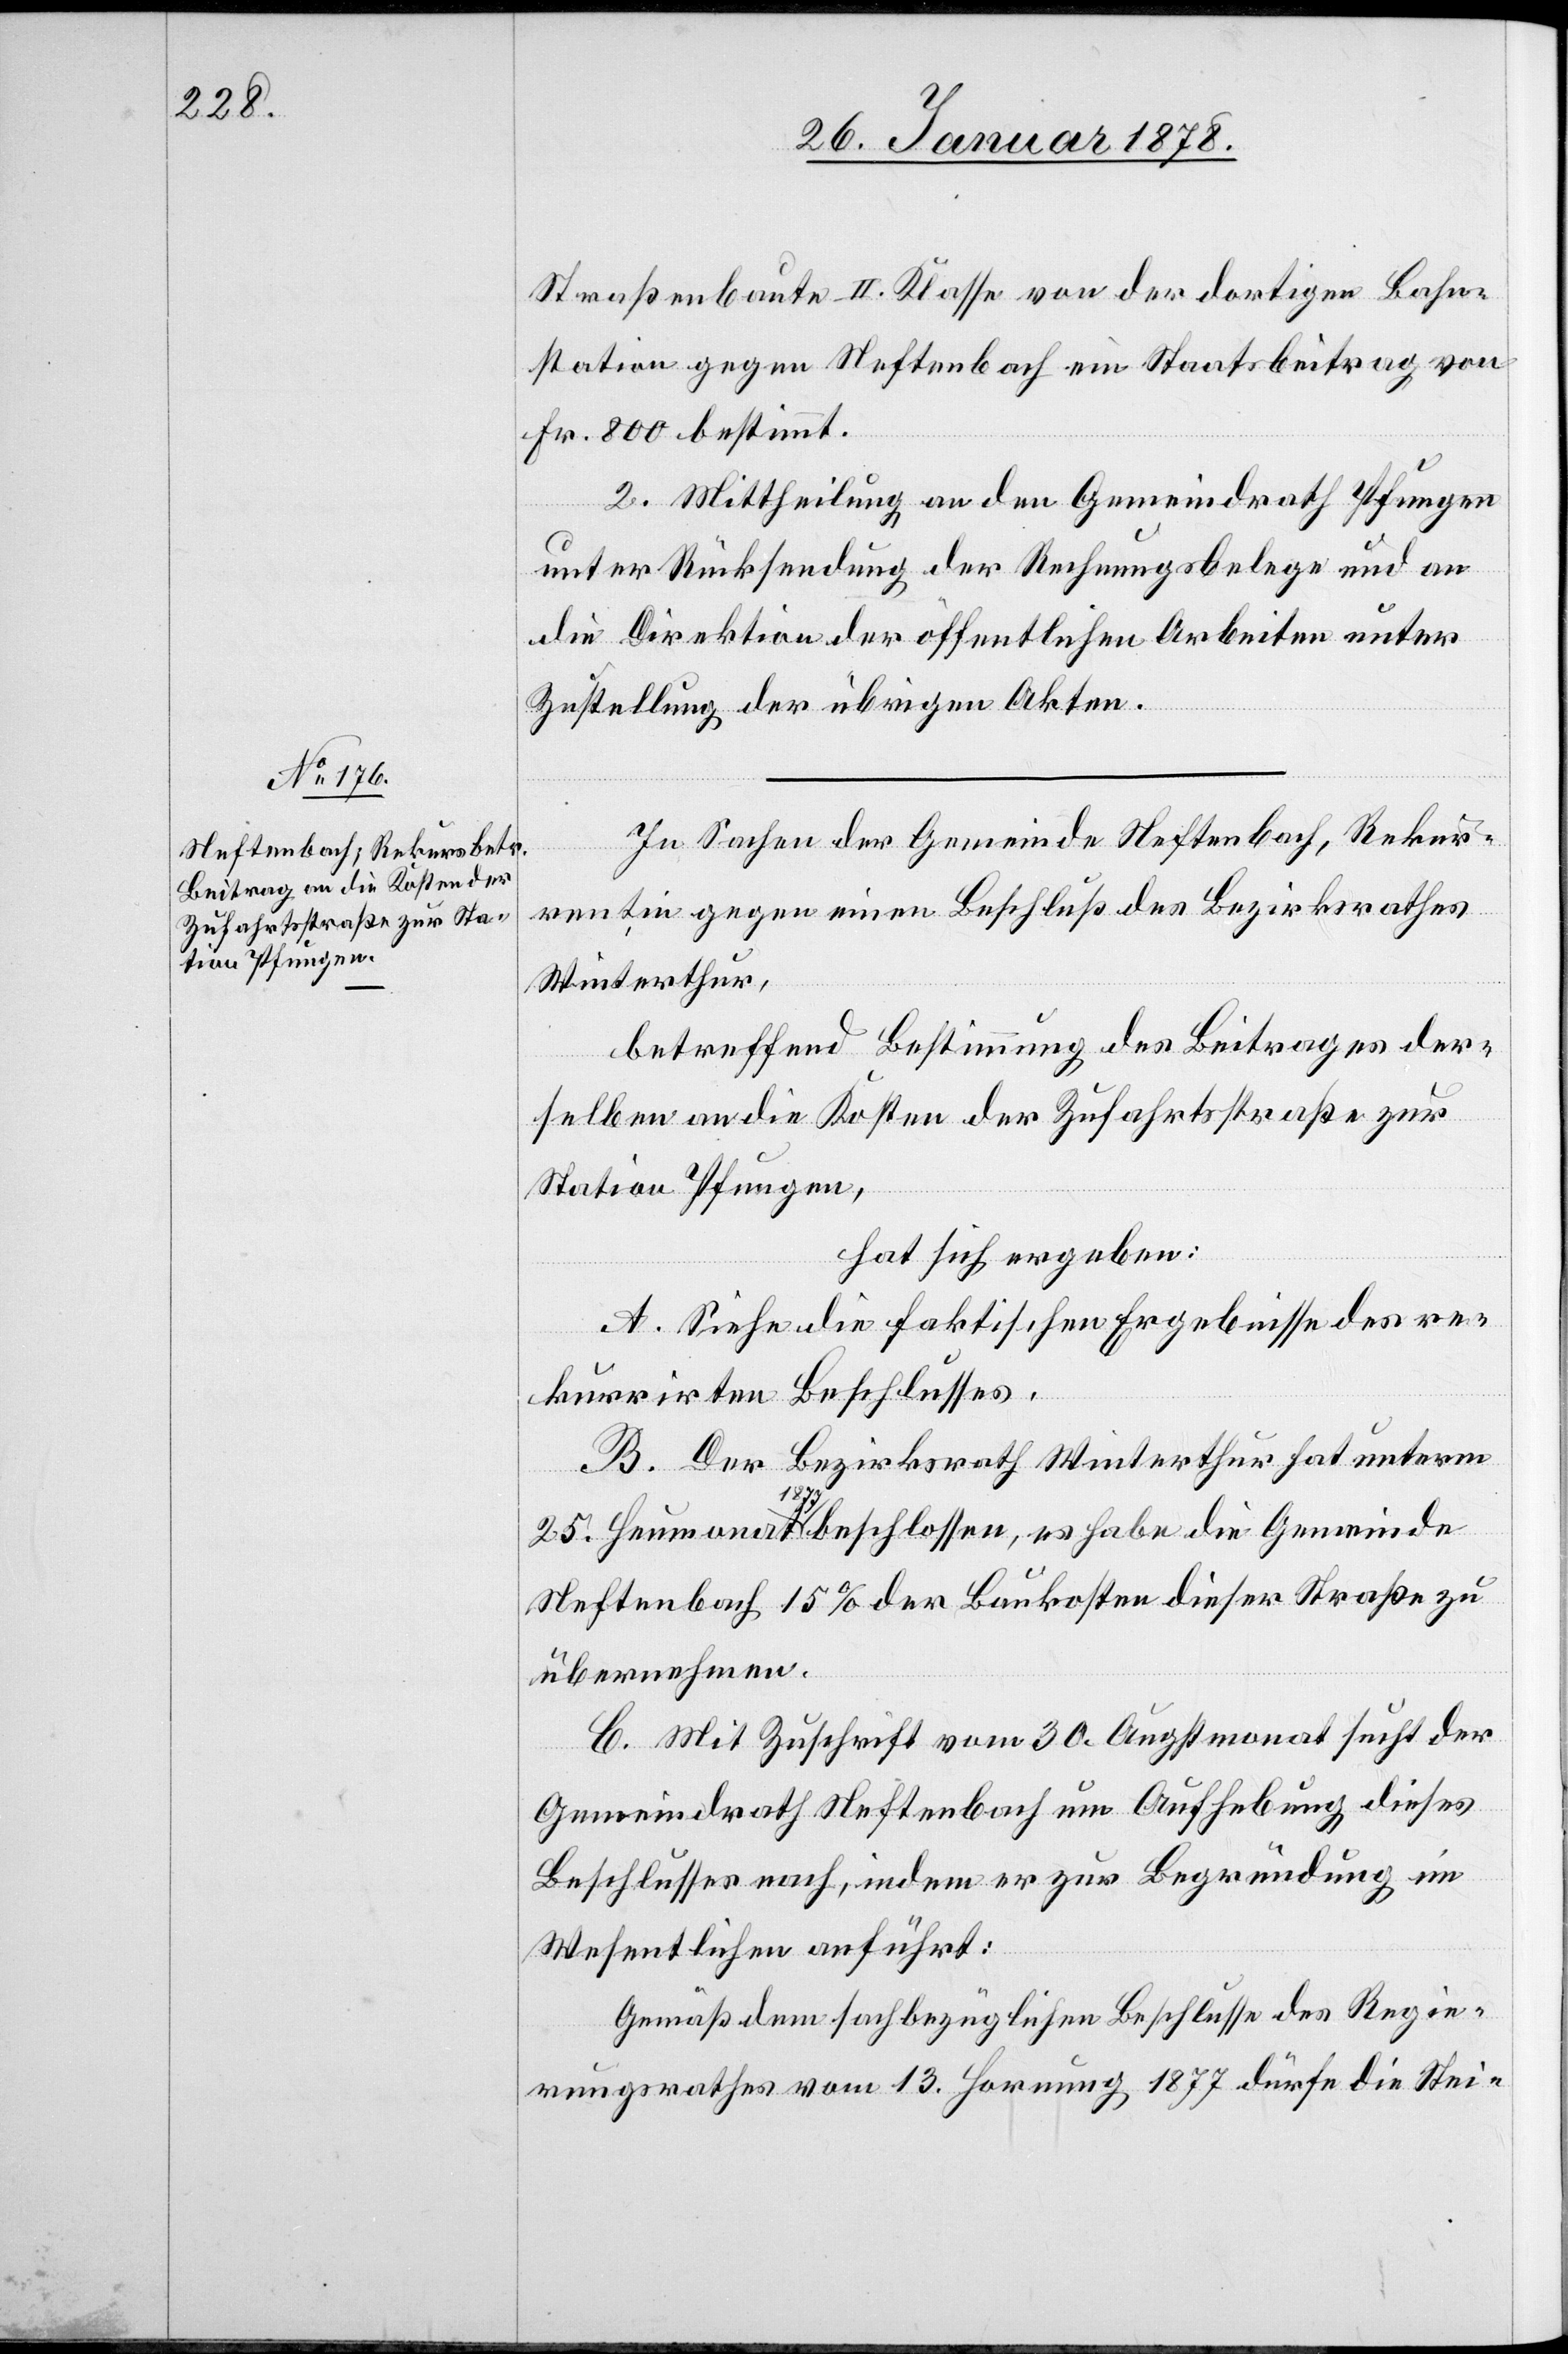
Straßenbaute II. Klasse von der dortigen Bahn¬
station gegen Neftenbach ein Staatsbeitrag von
Fr. 800 bestimmt.
II.] Mittheilung an den Gemeindrath Pfungen
meinde
unter Rücksendung der Rechnungsbelege und an
die Direktion der öffentlichen Arbeiten unter
Zustellung der übrigen Akten.
In Sachen der Gemeinde Neftenbach, Rekur¬
rentin gegen einen Beschluß des Bezirksrathes
Winterthur,
betreffend Bestimmung des Beitrages der¬
selben an die Kosten der Zufahrtsstraße zur
Station Pfungen,
hat sich ergeben:
A. Siehe die faktischen Ergebnisse des re¬
kurrirten Beschlusses.
B. Der Bezirksrath Winterthur hat unterm
25.
Neftenbach 15% der Baukosten dieser Straße zu
übernehmen.
C. Mit Zuschrift vom 30. Augstmonat sucht der
Gemeindrath Neftenbach um Aufhebung dieses
Beschlusses nach, indem er zur Begründung im
Wesentlichen anführt:
Gemäß dem sachbezüglichen Beschlusse des Regie¬
rungsrathes vom 13. Hornung 1877 dürfe die Stei-